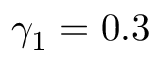
\gamma _ { 1 } = 0 . 3